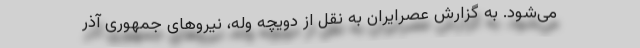
می‌شود. به گزارش عصرایران به نقل از دویچه وله، نیروهای جمهوری آذر